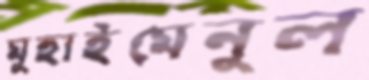
মুহাইমেনুল